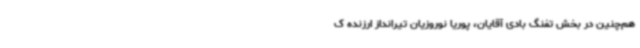
هم‌چنین در بخش تفنگ بادی آقایان، پوریا نوروزیان تیرانداز ارزنده ک